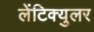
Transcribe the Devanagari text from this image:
लेंटिक्युलर